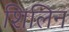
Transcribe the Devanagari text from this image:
शिलिन